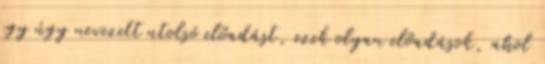
egy úgy nevezett utolsó előadást, ezek olyan előadások, ahol